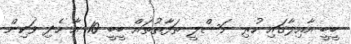
ބީބީ އާއިލާގައި ހުރި ނަސްލީ ތަފާތުތައް ބީބީ 10 އާ ހެދި ވަކިން